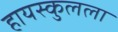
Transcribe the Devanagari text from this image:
हायस्कुलला